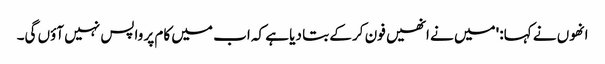
انھوں نے کہا: 'میں نے انھیں فون کر کے بتا دیا ہے کہ اب میں کام پر واپس نہیں آؤں گی۔